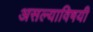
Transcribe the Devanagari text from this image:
असल्याविषयी